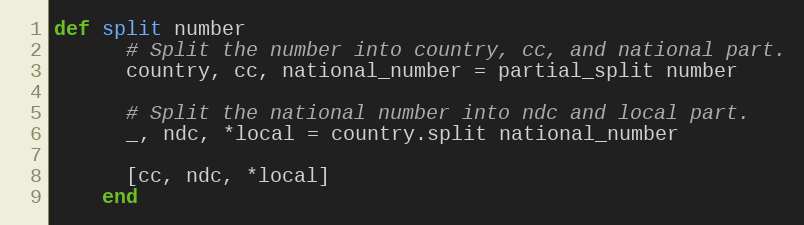
Language: Ruby
def split number
      # Split the number into country, cc, and national part.
      country, cc, national_number = partial_split number

      # Split the national number into ndc and local part.
      _, ndc, *local = country.split national_number

      [cc, ndc, *local]
    end